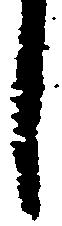
し